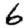
Digit: 6